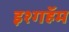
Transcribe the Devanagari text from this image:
इश्गहॅम